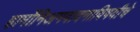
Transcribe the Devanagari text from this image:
हार्मोनिअमवादनाविषयीचे